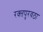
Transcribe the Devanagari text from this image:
रक्‍तपुरवठा